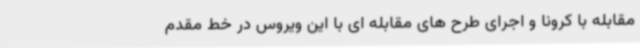
مقابله با کرونا و اجرای طرح های مقابله ای با این ویروس در خط مقدم